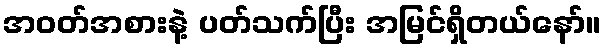
အဝတ်အစားနဲ့ ပတ်သက်ပြီး အမြင်ရှိတယ်နော်။